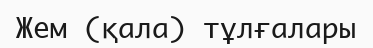
Жем (қала) тұлғалары